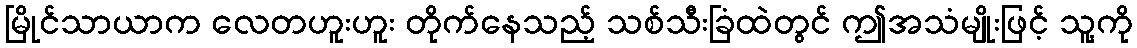
မြိုင်သာယာက လေတဟူးဟူး တိုက်နေသည့် သစ်သီးခြံထဲတွင် ဤအသံမျိုးဖြင့် သူ့ကို